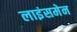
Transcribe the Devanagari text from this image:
लाइंसमेन